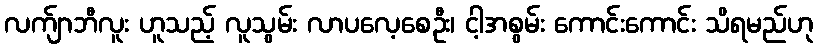
လက်ျာဘီလူး ဟူသည့် လူသွမ်း လာပလေ့စေဦး၊ ငါ့အစွမ်း ကောင်းကောင်း သိရမည်ဟု